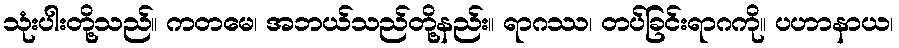
သုံးပါးတို့သည်။ ကတမေ၊ အဘယ်သည်တို့နည်း။ ရာဂဿ၊ တပ်ခြင်းရာဂကို။ ပဟာနာယ၊